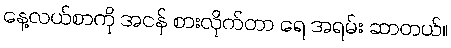
နေ့လယ်စာကို အငန် စားလိုက်တာ ရေ အရမ်း ဆာတယ်။